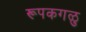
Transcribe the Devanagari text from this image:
रूपकगळु